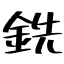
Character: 銑